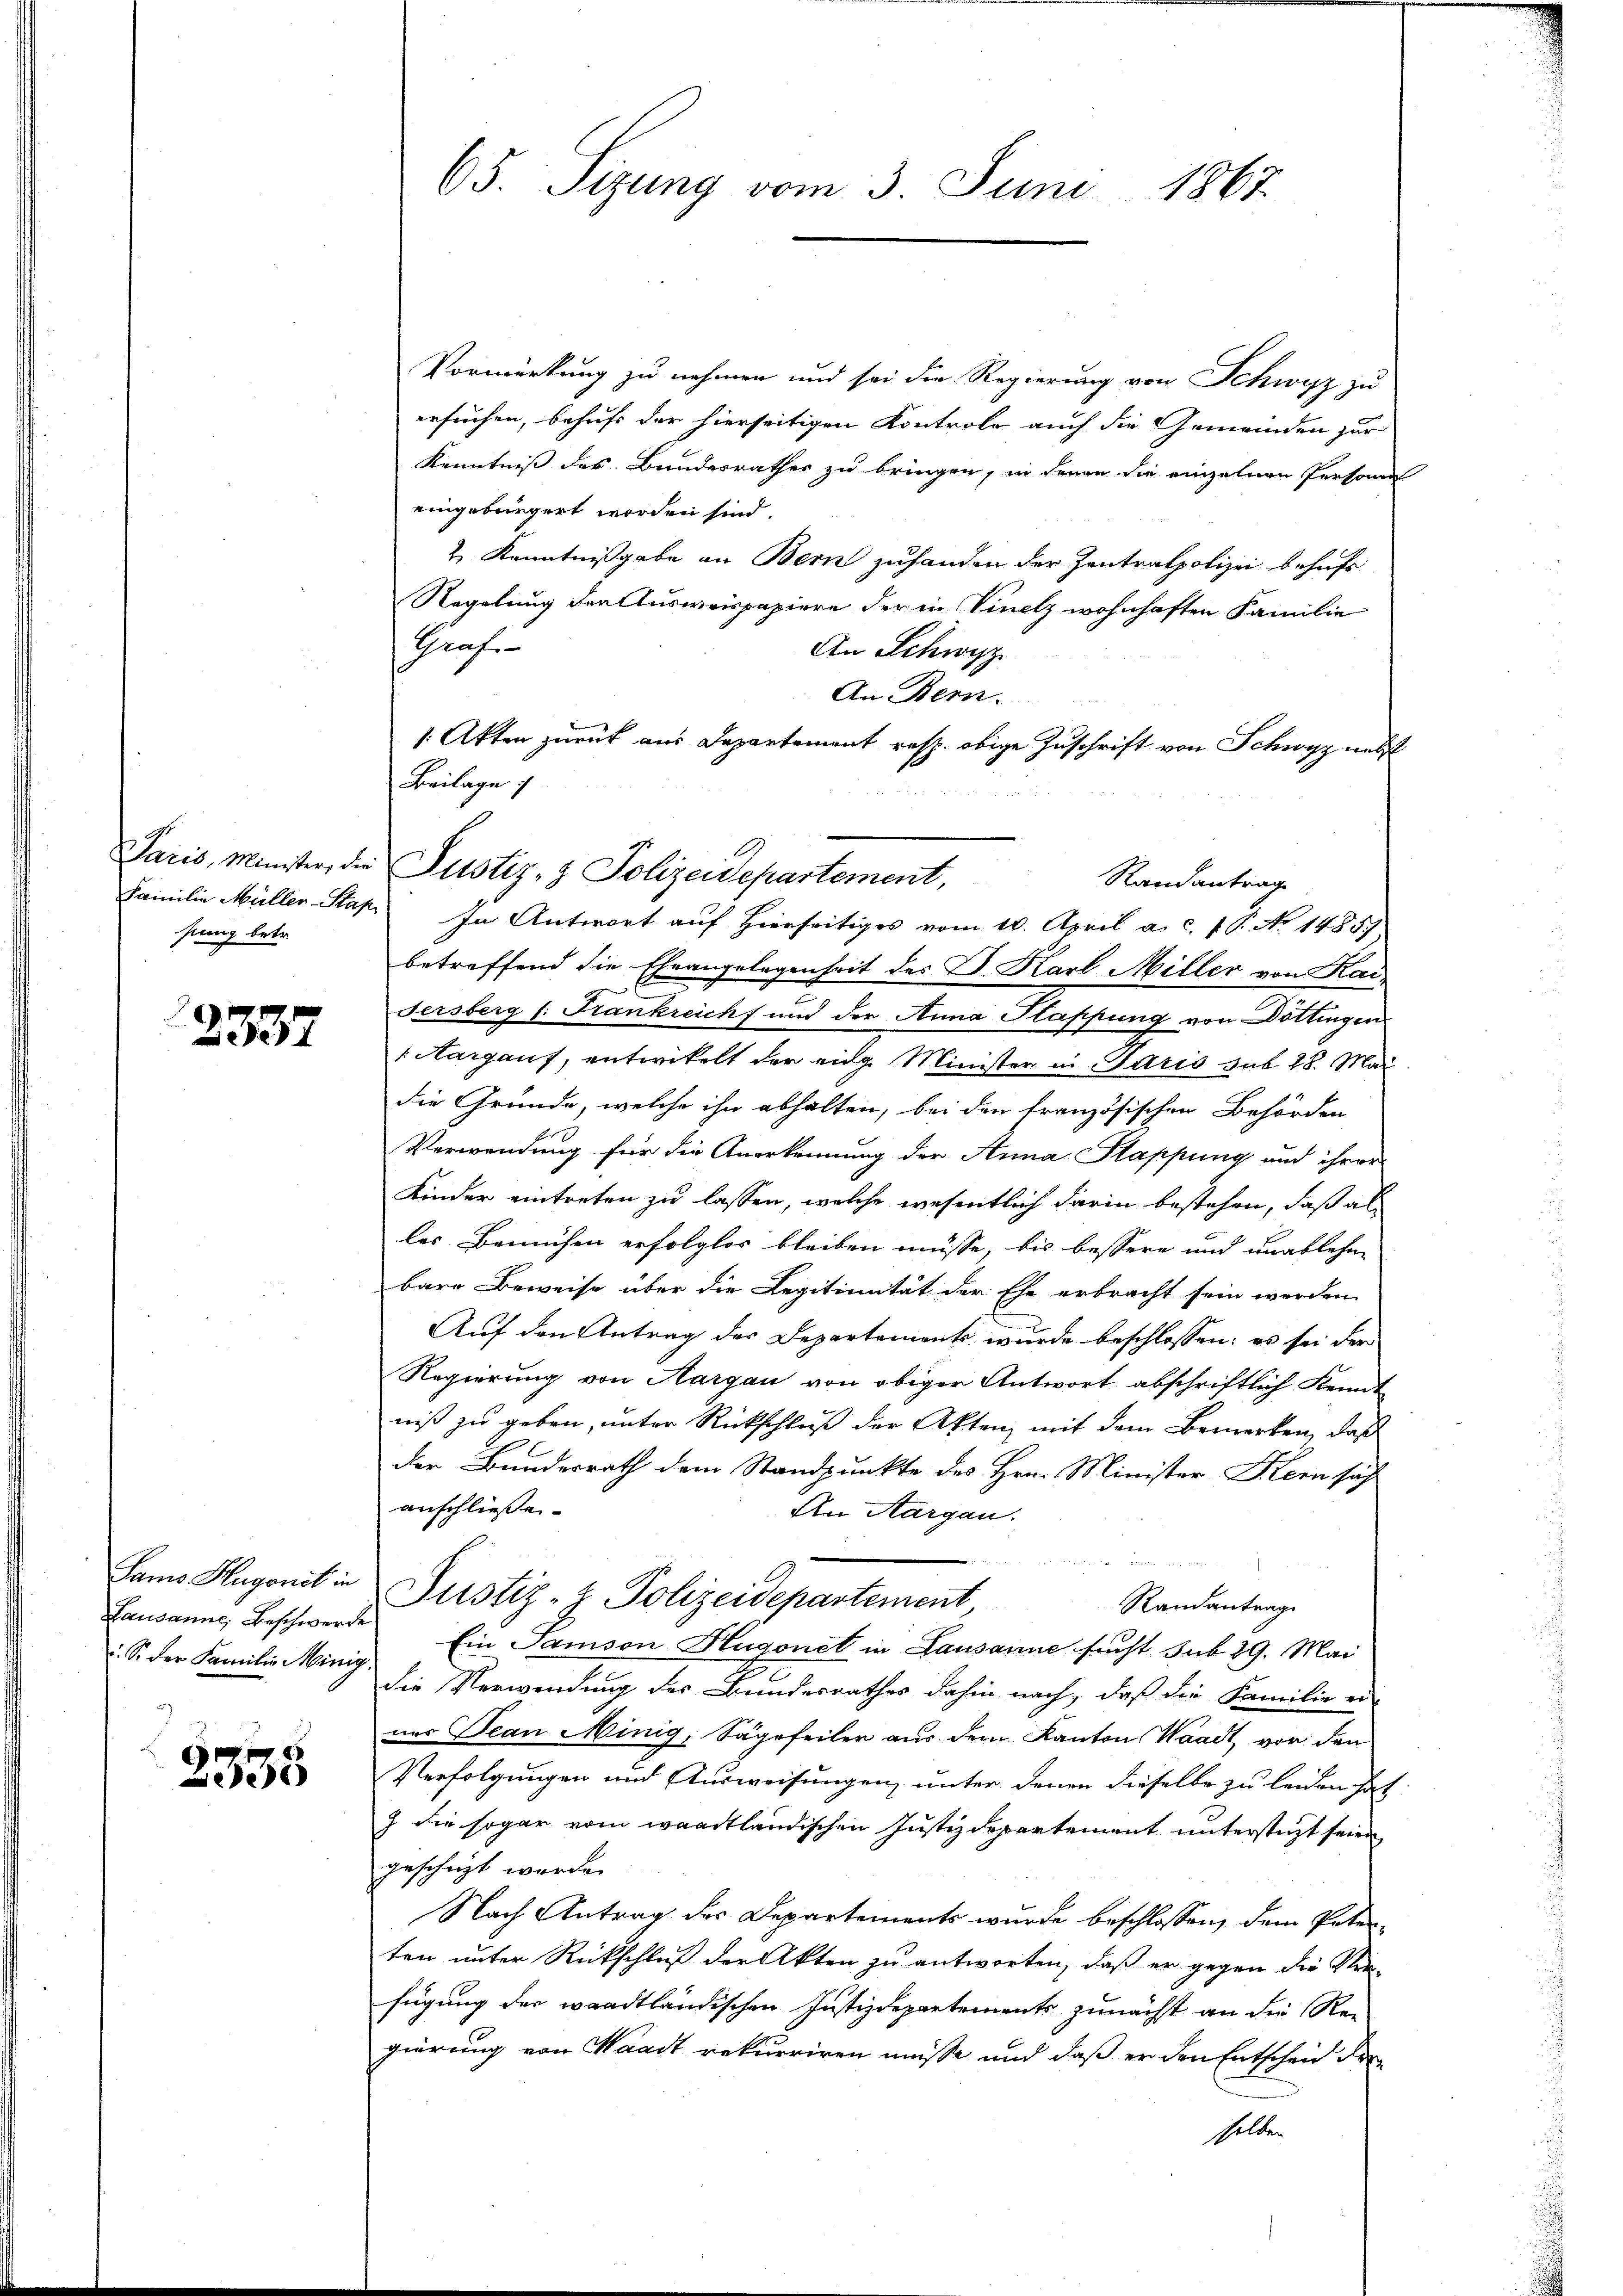
sung betr.

2337

Samo Hugonst in
Lausanne, Beschwerd.
 S. der Familie Minig.

2335

Vormerkung zu nehmen und sei die Regierung von Schwyz zu
erfruhen, behufe der hierseitigen Kontrole auch die Gemeinden zur
Kenntniß des Bundesrathes zu bringen, in denen die einzelnen Personn
eingebürgert worden sind.
& Kenntnißgabe an Bern zuhanden der Zentralpolizei behufs
Regelung der Ausweispapiere der in Vinelz wohnhaften Familie
Graf.
An Schwyz
An Bern.
/ Akten zurück aus Departement resp. obige Zuschrift von Schwyz nebst
Familie Müller-Stap. In Antwort auf Hierseitiges vom 10. April a. c. (T. No 1485.
betreffend die Eheangelegenheit des D. Karl Miller von Kai-
dersberg (: Frankreicht und der Anna Happung von Döttingen
Aargaus, entwickelt der eidg. Minister in Paris sub 28. Mai
die Gründe, welche ihn abhalten, bei den französischen Behörden
Verwendung für die Anerkennung der Anna Kappung und ihrer
Kinder eintreten zu lassen, welche wesentlich darin bestehen, daß al
les Bemühen erfolglos bleiben müsse, bis bessere und unablehen
bare Beweise über die Legitimität der Ehe erbracht sein werden
Auf den Antrag der Departements wurde beschlossen: es sei der
Regierung von Aargau von obiger Antwort abschriftlich Kennt
niß zu geben, unter Rückschluß der Akten mit dem Bemerken, daß
der Bundesrath dem Standpunkte des Hrn. Minister Kern sich
anschließe.
An Aargau.

Justiz- & Polizeidepartement
Randantrage
 Ein Samson Hugonet in Lausanne sucht sub 29. Mai
die Verwendung des Bundesrathes dahin nach, daß die Familie ei-
ner Jean Minig, Sägefeilen aus dem Kanton Waadt von den
Verfolgungen und Ausweisungen, unter denen dieselbe zu leiden hat
) die sogar vom waadtländischen Justizdepartement unterstützt seien,
geschüzt werde.
Nach Antrag des Departements wurde beschlossen, dem Petenten unter Rückschluß der Akten zu antworten, daß er gegen die Verfügung der waadtländischen Justizdepartements zunächst an die Re-
gierung von Waadt rekurriren müsse und daß er den Entscheid der
selben

65. Sizung vom 3. Juni 1867

Paris, Minister, die Justiz- & Polizeidepartement,

Beilage,

Randantrag